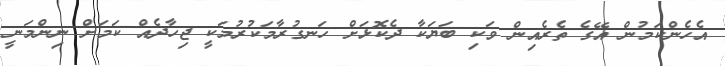
އެހެންކަމުން އޭގެ ތެރެއިން ވަކި ބަޔަކާ ދެކޮޅަށް ހަނގުރާމަކުރުމަކީ ޖިހާދެއް ކަމަށް ނިންމަނީ